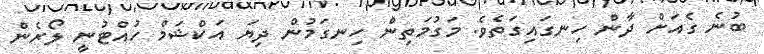
ބުނެ ގެއަށް ދާން ހިނގައިގަތެވެ. މަގުމަތިން ހިނގަމުން ދިޔަ އަކްޝަމް ހުއްޓުނީ ލޯރެން